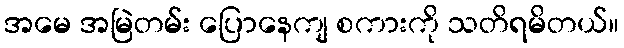
အမေ အမြဲတမ်း ပြောနေကျ စကားကို သတိရမိတယ်။